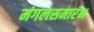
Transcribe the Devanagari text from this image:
मंगलसमारंभ